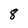
Character: 8